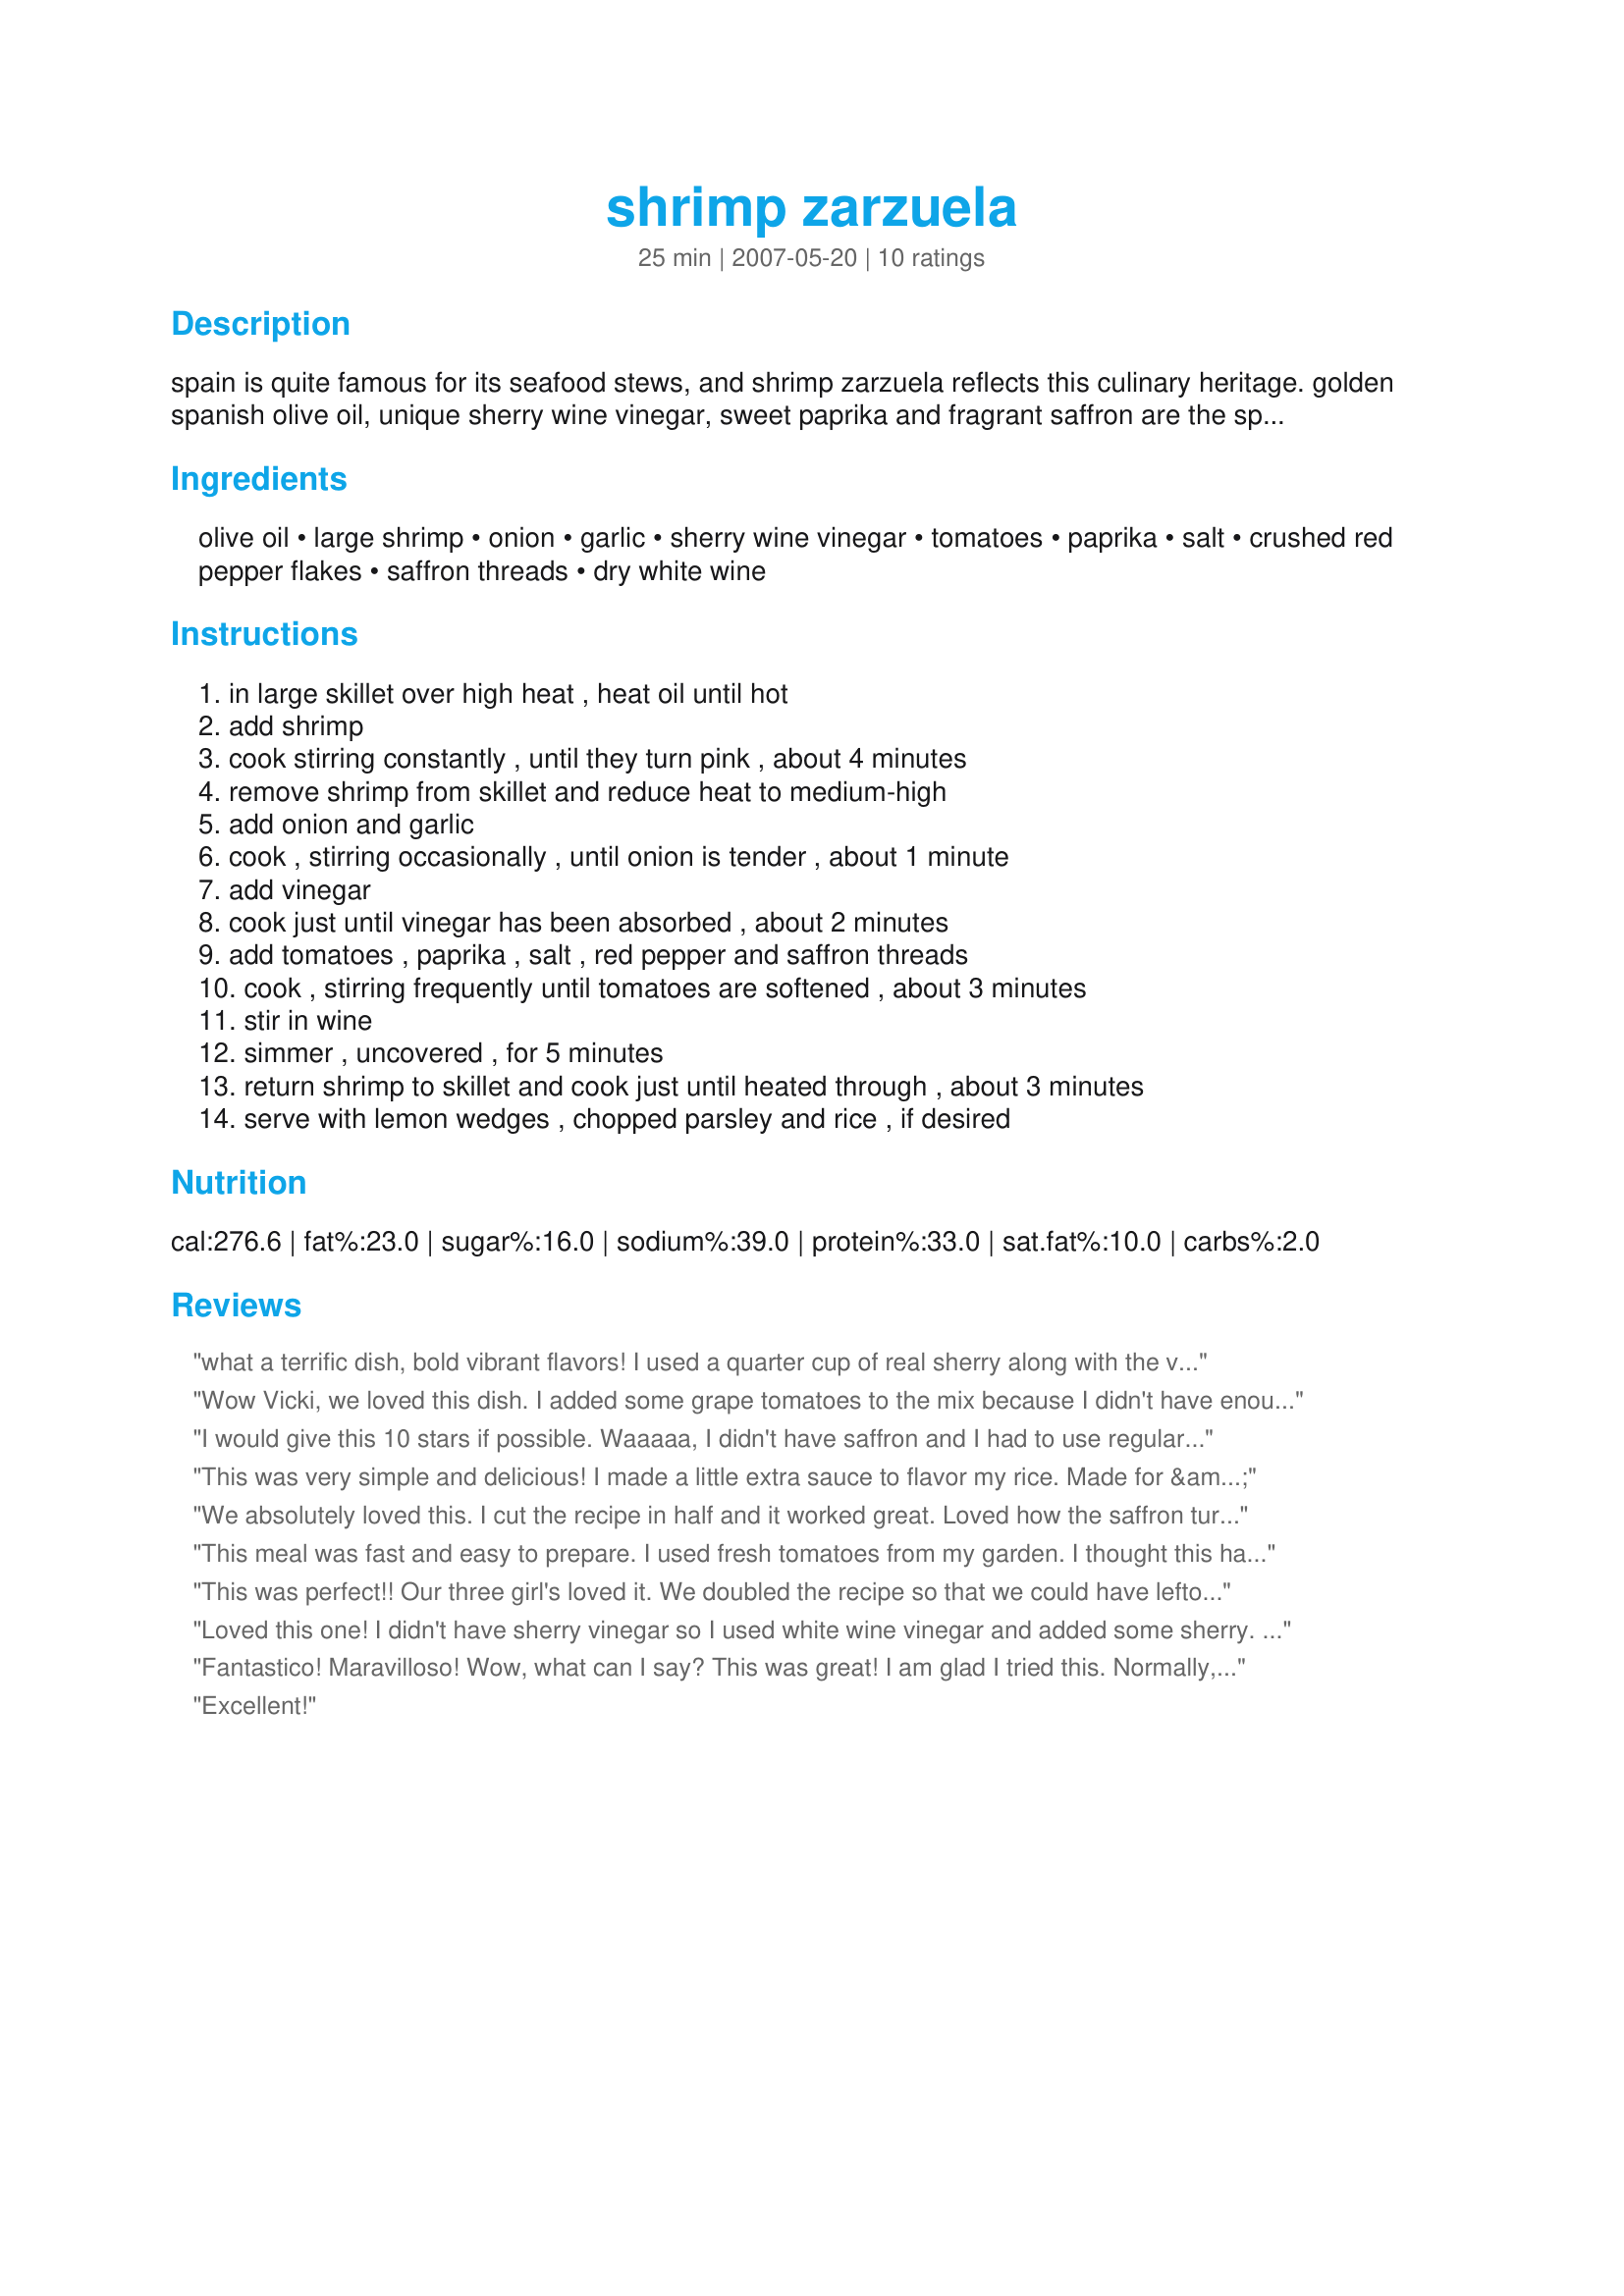
shrimp zarzuela
Preparation time: 25 minutes

spain is quite famous for its seafood stews, and shrimp zarzuela reflects this culinary heritage. golden spanish olive oil, unique sherry wine vinegar, sweet paprika and fragrant saffron are the spanish flavors that give this one-pot meal its character. the traditional seafood dishes of spain use a variety of shellfish from the mediterranean sea; we simplified the recipe by focusing on ever-popular shrimp. round out this meal by serving a premiere cheese from spain, such as manchego or cabrales. from foods of spain.

Ingredients:
olive oil, large shrimp, onion, garlic, sherry wine vinegar, tomatoes, paprika, salt, crushed red pepper flakes, saffron threads, dry white wine

Steps:
in large skillet over high heat , heat oil until hot, add shrimp, cook stirring constantly , until they turn pink , about 4 minutes, remove shrimp from skillet and reduce heat to medium-high, add onion and garlic, cook , stirring occasionally , until onion is tender , about 1 minute, add vinegar, cook just until vinegar has been absorbed , about 2 minutes, add tomatoes , paprika , salt , red pepper and saffron threads, cook , stirring frequently until tomatoes are softened , about 3 minutes, stir in wine, simmer , uncovered , for 5 minutes, return shrimp to skillet and cook just until heated through , about 3 minutes, serve with lemon wedges , chopped parsley and rice , if desired

Reviews:
what a terrific dish, bold vibrant flavors! I used a quarter cup of real sherry along with the vinegar bc i had it on hand. I love saffron! Made for zwt5
Wow Vicki, we loved this dish. I added some grape tomatoes to the mix because I didn't have enough of the regular tomatoes. I also added extra paprika, red pepper flakes and saffron (personal preference only) This was so good, very flavorful. Quick and easy to make. Loved the addition of the sherry wine vinegar, it gives a lovely robust flavor to the dish. Thank you for sharing a dish that I will make again. :)
I would give this 10 stars if possible. 

Waaaaa, I didn't have saffron and I had to use regular sherry in place of the sherry vinegar. Our most upscale grocery didn't have either. 

I am ordering saffron and the sherry vinegar on line tonight and will make this again asap. I can't even imagine how good it will be with the proper ingreds.
This was very simple and delicious! I made a little extra sauce to flavor my rice. Made for &quot;My Food Odyssey&quot; for Andorra.
We absolutely loved this. I cut the recipe in half and it worked great. Loved how the saffron turned the dish orange, even the tomatoes. I served this over recipe #191855 for a wonderful meal. Made for "Top Favorites of 2009" tag game. Thanks for posting. :)
This meal was fast and easy to prepare. I used fresh tomatoes from my garden. I thought this had a lot of nice flavor. I will definitely make this again. Thanks for posting.
This was perfect!! Our three girl's loved it. We doubled the recipe so that we could have leftovers the next day...which did not happen. We served it with Saffron rice and crusty bread.
Loved this one! I didn't have sherry vinegar so I used white wine vinegar and added some sherry. I used a vidalia onion keeping with the spanish theme. Quick, easy and delicious! Made for ZWT 5 by a Epicurean Queen.
Fantastico! Maravilloso! Wow, what can I say? This was great! I am glad I tried this. Normally, I'm not a big fan of Spanish cuisine, but I had to make a Spanish recipe for the Zaar World Tour III, and decided to leave my culinary "comfort zone" and try something new. I loved this, especially the subtle mix of outstanding flavors: the sherry wine vinegar and saffron is an amazingly good yet subtle accompaniment to the shrimp. I was feeling lazy today, so I used canned chopped tomatoes instead of fresh. I doubt it made much of a difference. So glad I tried this, this is a nice low-cal recipe that I plan to make again. Gracias.
Excellent!
